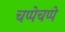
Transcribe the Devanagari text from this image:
चप्पेचप्पे